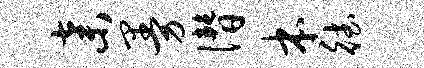
弃曼僭本德